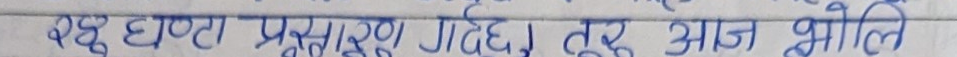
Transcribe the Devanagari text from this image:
बढ् घण्टा प्रदूषण गदिह। तू आज भोलि